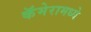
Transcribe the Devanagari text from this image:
कॅमेरामध्ये